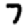
Digit: 7